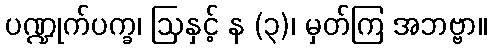
ပဏ္ဍုက်ပက္ခ၊ ဩနှင့် န (၃)၊ မှတ်ကြ အဘဗ္ဗာ။